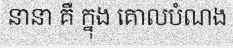
នានា គឺ ក្នុង គោលបំណង